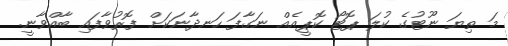
މަ ތިޔަ ނޫޓުގެ ކުލަ ޕޮޓޯ ކޮޕީއެއް ނަގާފަ ހަނދާނަކަށް ފޮރުވާފައި ބާއްވާނީ.